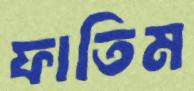
ফাতিম